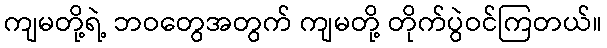
ကျမတို့ရဲ့ ဘဝတွေအတွက် ကျမတို့ တိုက်ပွဲဝင်ကြတယ်။